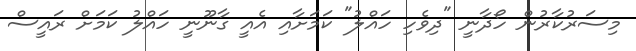
މިސަރުކާރުން ހޯދާނީ "ދިވެހި ހައްލު" ކަމަށާއި އެއީ ގާނޫނީ ހައްލު ކަމަށް ރައީސް